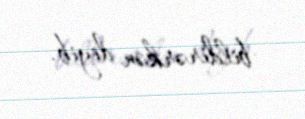
bildirərkən deyib.